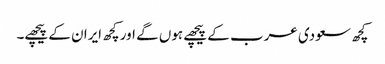
کچھ سعودی عرب کے پیچھے ہوں گے اور کچھ ایران کے پیچھے۔